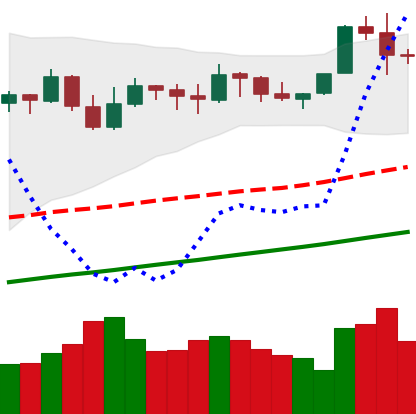
Ticker: BTC-USD
Chart end date: 2021-11-11
Forward return: -7.373%
Label: down_7plus